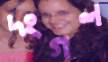
দংগল